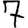
Digit: 7